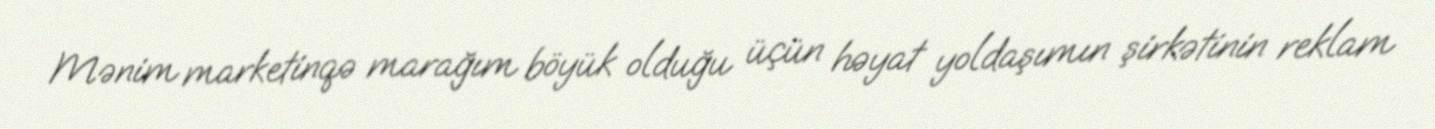
Mənim marketinqə marağım böyük olduğu üçün həyat yoldaşımın şirkətinin reklam